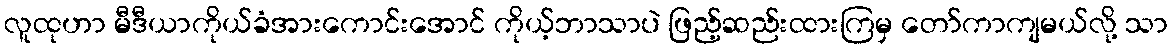
လူထုဟာ မီဒီယာကိုယ်ခံအားကောင်းအောင် ကိုယ့်ဘာသာပဲ ဖြည့်ဆည်းထားကြမှ တော်ကာကျမယ်လို့ သာ